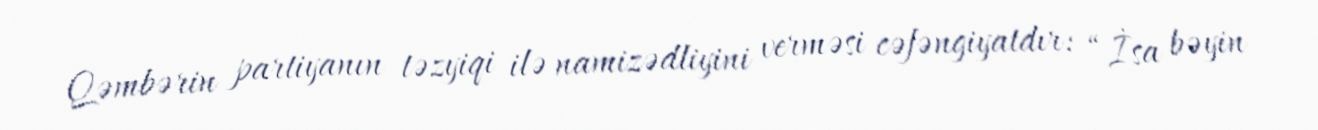
Qəmbərin partiyanın təzyiqi ilə namizədliyini verməsi cəfəngiyatdır: “İsa bəyin